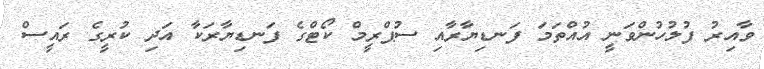
ވާއިރު ފުލުހުންވަނީ އުއްތަމަ ފަނޑިޔާރާއި ސުޕްރީމް ކޯޓްގެ ފަނޑިޔާރަކާ އަދި ކުރީގެ ރައީސް